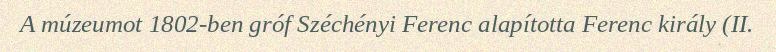
A múzeumot 1802-ben gróf Széchényi Ferenc alapította Ferenc király (II.